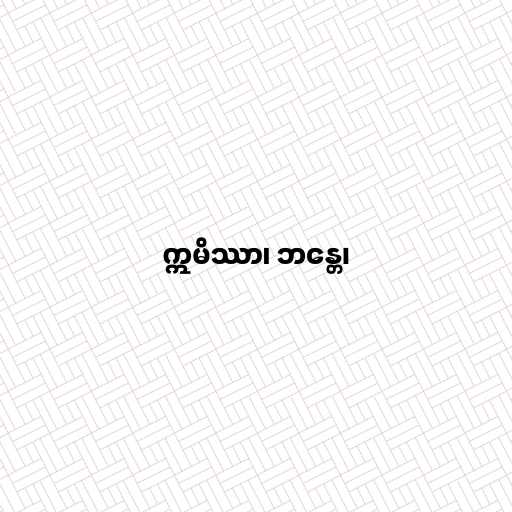
ဣမိဿာ၊ ဘန္တေ၊